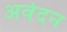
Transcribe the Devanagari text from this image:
अवेदन